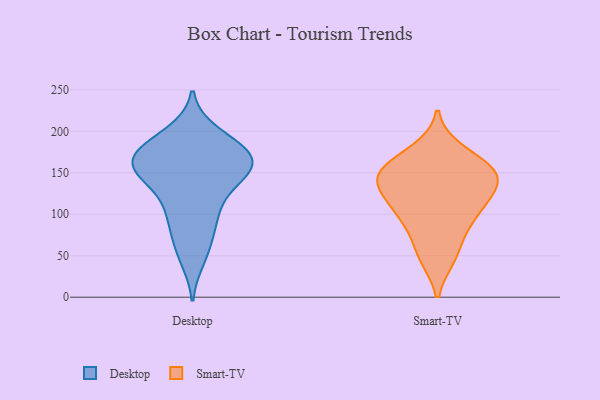
{"axis": {"x": "Backlog", "y": "Value"}, "legend": ["Desktop", "Smart-TV"], "data": [{"x": "", "y": 100, "type": "Desktop"}, {"x": "", "y": 58, "type": "Desktop"}, {"x": "", "y": 171, "type": "Desktop"}, {"x": "", "y": 99, "type": "Desktop"}, {"x": "", "y": 177, "type": "Desktop"}, {"x": "", "y": 174, "type": "Desktop"}, {"x": "", "y": 47, "type": "Desktop"}, {"x": "", "y": 78, "type": "Desktop"}, {"x": "", "y": 169, "type": "Desktop"}, {"x": "", "y": 197, "type": "Desktop"}, {"x": "", "y": 109, "type": "Desktop"}, {"x": "", "y": 178, "type": "Desktop"}, {"x": "", "y": 157, "type": "Desktop"}, {"x": "", "y": 150, "type": "Desktop"}, {"x": "", "y": 148, "type": "Desktop"}, {"x": "", "y": 192, "type": "Desktop"}, {"x": "", "y": 154, "type": "Desktop"}, {"x": "", "y": 158, "type": "Desktop"}, {"x": "", "y": 151, "type": "Desktop"}, {"x": "", "y": 134, "type": "Desktop"}, {"x": "", "y": 93, "type": "Smart-TV"}, {"x": "", "y": 164, "type": "Smart-TV"}, {"x": "", "y": 119, "type": "Smart-TV"}, {"x": "", "y": 147, "type": "Smart-TV"}, {"x": "", "y": 106, "type": "Smart-TV"}, {"x": "", "y": 147, "type": "Smart-TV"}, {"x": "", "y": 90, "type": "Smart-TV"}, {"x": "", "y": 53, "type": "Smart-TV"}, {"x": "", "y": 122, "type": "Smart-TV"}, {"x": "", "y": 144, "type": "Smart-TV"}, {"x": "", "y": 149, "type": "Smart-TV"}, {"x": "", "y": 49, "type": "Smart-TV"}, {"x": "", "y": 144, "type": "Smart-TV"}, {"x": "", "y": 176, "type": "Smart-TV"}]}